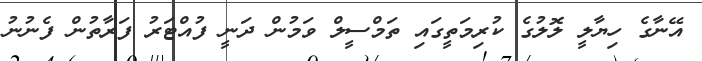
އޭނާގެ ހިޔާލީ ލޮލުގެ ކުރިމަތީގައި ތަމްސީލް ވަމުން ދަނީ ފުއްޓަރު ފަރާތުން ފެނުނު